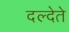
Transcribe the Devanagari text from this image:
दल्देते